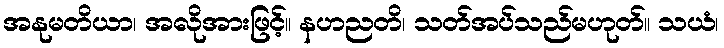
အနုမတိယာ၊ အလိုအားဖြင့်။ နဟညတိ၊ သတ်အပ်သည်မဟုတ်။ သယံ၊